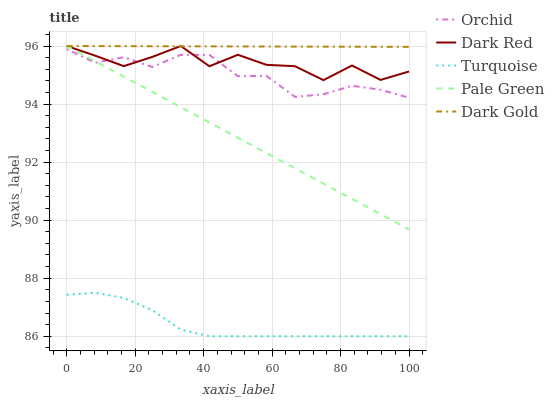
| xaxis_label | Orchid | Dark Red | Turquoise | Pale Green | Dark Gold |
 | --- | --- | --- | --- | --- | --- |
 | 0 | 95.9 | 96 | 87.4 | 96 | 96 |
 | 8.33 | 95.4 | 95.7 | 87.5 | 95.5 | 96 |
 | 16.7 | 95.6 | 95.3 | 87.3 | 94.9 | 96 |
 | 25 | 95.3 | 95.6 | 86.9 | 94.4 | 96 |
 | 33.3 | 95.7 | 96 | 86.2 | 93.9 | 96 |
 | 41.7 | 95.7 | 95.3 | 86 | 93.4 | 96 |
 | 50 | 95 | 95.7 | 86 | 92.8 | 96 |
 | 58.3 | 95 | 95.4 | 86 | 92.3 | 96 |
 | 66.7 | 94.2 | 95.3 | 86 | 91.8 | 96 |
 | 75 | 94.3 | 94.8 | 86 | 91.3 | 96 |
 | 83.3 | 94.6 | 95.3 | 86 | 90.7 | 96 |
 | 91.7 | 94.5 | 94.8 | 86 | 90.2 | 96 |
 | 100 | 94.2 | 95.1 | 86 | 89.7 | 96 |